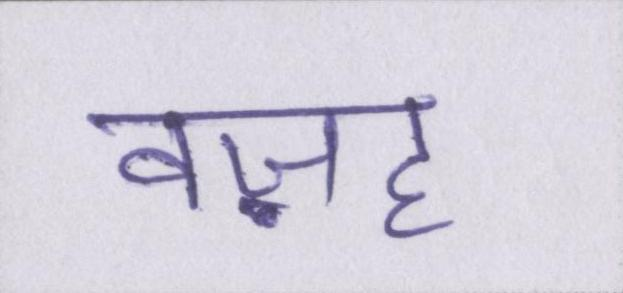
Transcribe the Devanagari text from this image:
वज़ह